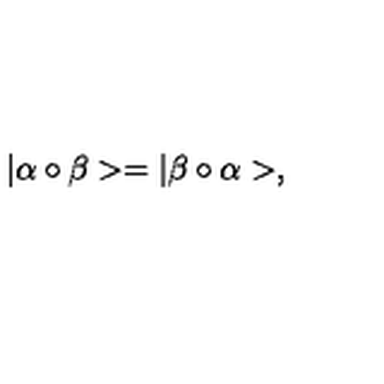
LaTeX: | \alpha \circ \beta > = | \beta \circ \alpha > ,